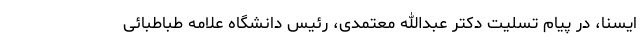
ایسنا، در پیام تسلیت دکتر عبدالله معتمدی، رئیس دانشگاه علامه طباطبائی